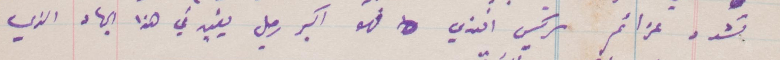
تشد عزائم سركيس افندي فهو اكبر رجل يفيد في هذا الجهاد الذي